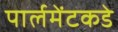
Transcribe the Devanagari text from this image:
पार्लमेंटकडे